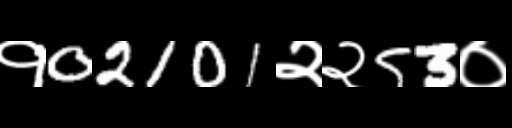
Text: १02101२२53०